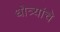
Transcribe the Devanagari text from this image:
धोत्र्यांचे